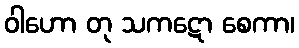
ဝါဟော တု သကဋော စေကာ၊